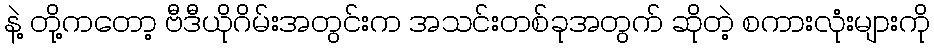
နဲ့ တို့ကတော့ ဗီဒီယိုဂိမ်းအတွင်းက အသင်းတစ်ခုအတွက် ဆိုတဲ့ စကားလုံးများကို